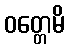
ဝတ္တေမိ